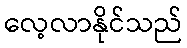
လေ့လာနိုင်သည်